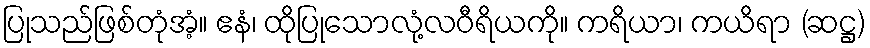
ပြုသည်ဖြစ်တုံအံ့။ ဧနံ၊ ထိုပြုသောလုံ့လဝီရိယကို။ ကရိယာ၊ ကယိရာ (ဆဋ္ဌ)